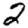
Digit: 2